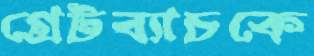
গ্রেটব্যাচকে